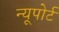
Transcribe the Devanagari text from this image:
न्‍यूपोर्ट